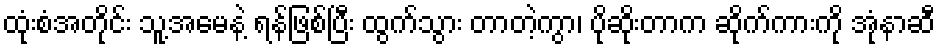
ထုံးစံအတိုင်း သူ့အမေနဲ့ ရန်ဖြစ်ပြီး ထွက်သွား တာတဲ့ကွာ၊ ပိုဆိုးတာက ဆိုက်ကားကို အုံနာဆီ